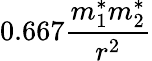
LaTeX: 0.667\frac{m_{1}^{*}m_{2}^{*}}{r^{2}}